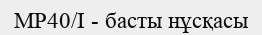
MP40/I - басты нұсқасы